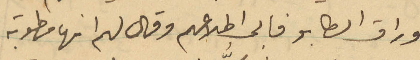
أوراق الطابو فأبى اطلاعهم وقال لهم انها مطوبة